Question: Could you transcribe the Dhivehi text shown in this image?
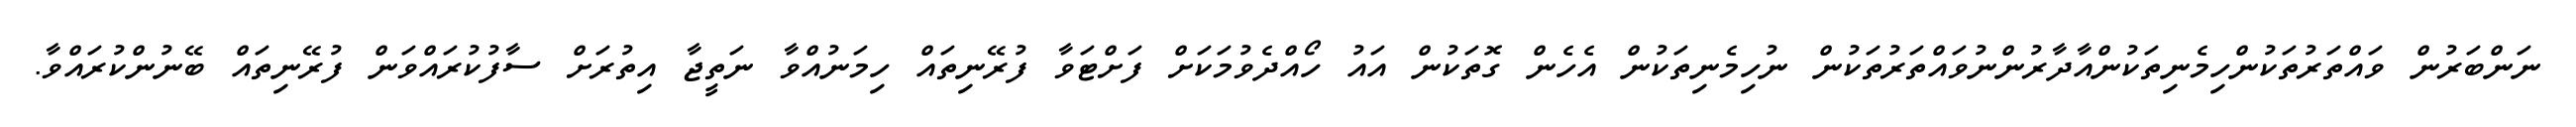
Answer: ނަންބަރުން ވައްތަރުތަކުންހިމެނިތަކުންއާދާރުންނުވައްތަރުތަކުން ނުހިމެނިތަކުން އެހެން ގޮތަކުން އައު ހޯއްދެވުމަކަށް ފަށްޓަވާ ފުރޭނިތައް ހިމަނުއްވާ ނަތީޖާ އިތުރަށް ސާފުކުރައްވަން ފުރޭނިތައް ބޭނުންކުރައްވާ.